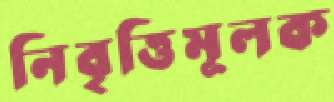
নিবৃত্তিমূলক